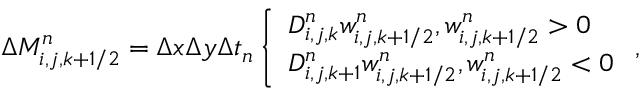
\begin{array} { r } { \Delta M _ { i , j , k + 1 / 2 } ^ { n } = \Delta x \Delta y \Delta t _ { n } \left\{ \begin{array} { l l } { D _ { i , j , k } ^ { n } w _ { i , j , k + 1 / 2 } ^ { n } , w _ { i , j , k + 1 / 2 } ^ { n } > 0 } \\ { D _ { i , j , k + 1 } ^ { n } w _ { i , j , k + 1 / 2 } ^ { n } , w _ { i , j , k + 1 / 2 } ^ { n } < 0 } \end{array} \right. , } \end{array}